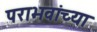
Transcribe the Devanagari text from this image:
पराभवांच्या